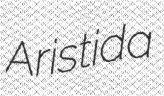
Aristida